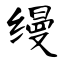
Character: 缦